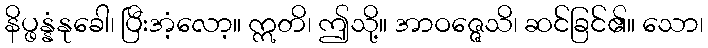
နိပ္ဖန္နံနုခေါ၊ ပြီးအံ့လော့။ ဣတိ၊ ဤသို့။ အာဝဇ္ဇေသိ၊ ဆင်ခြင်၏။ သော၊